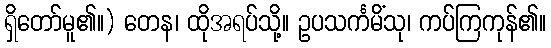
ရှိတော်မူ၏။) တေန၊ ထိုအရပ်သို့။ ဥပသင်္ကမိံသု၊ ကပ်ကြကုန်၏။